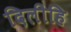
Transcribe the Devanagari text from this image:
दिलीहि